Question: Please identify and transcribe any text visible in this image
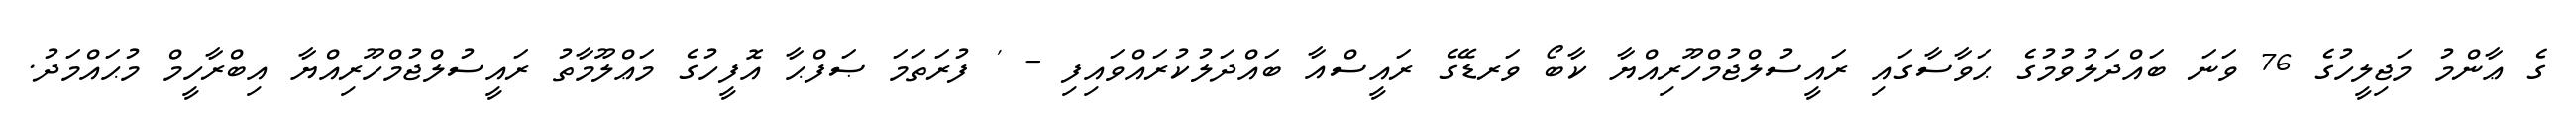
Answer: ގެ ޢާންމު މަޖިލީހުގެ 76 ވަނަ ބައްދަލުވުމުގެ ޙަވާސާގައި ރައީސުލްޖުމްހޫރިއްޔާ ކާބޯ ވަރޑޭގެ ރައީސްއާ ބައްދަލުކުރައްވައިފި - ' ފުރަތަމަ ޞަފްޙާ އޮފީހުގެ މަޢްލޫމާތު ރައީސުލްޖުމްހޫރިއްޔާ އިބްރާހީމް މުޙައްމަދު.